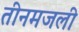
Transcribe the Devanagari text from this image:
तीनमजली